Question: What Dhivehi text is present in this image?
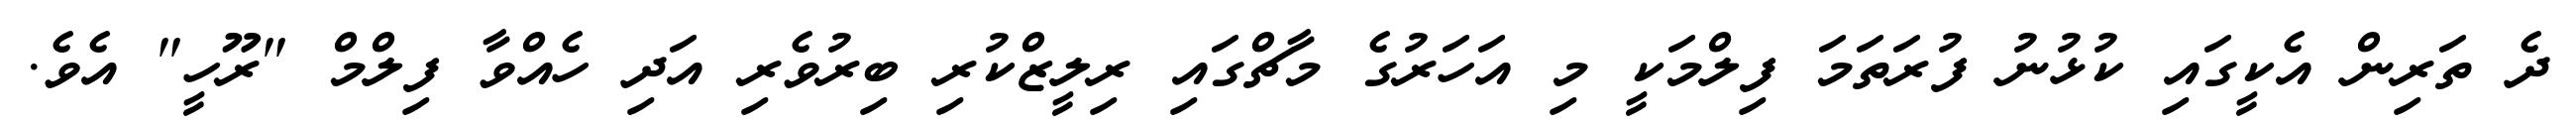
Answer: ދެ ތަރިން އެކީގައި ކުޅުނު ފުރަތަމަ ފިލްމަކީ މި އަހަރުގެ މާޗްގައި ރިލީޒްކުރި ބިރުވެރި އަދި ހެއްވާ ފިލްމް "ރޫހީ" އެވެ.